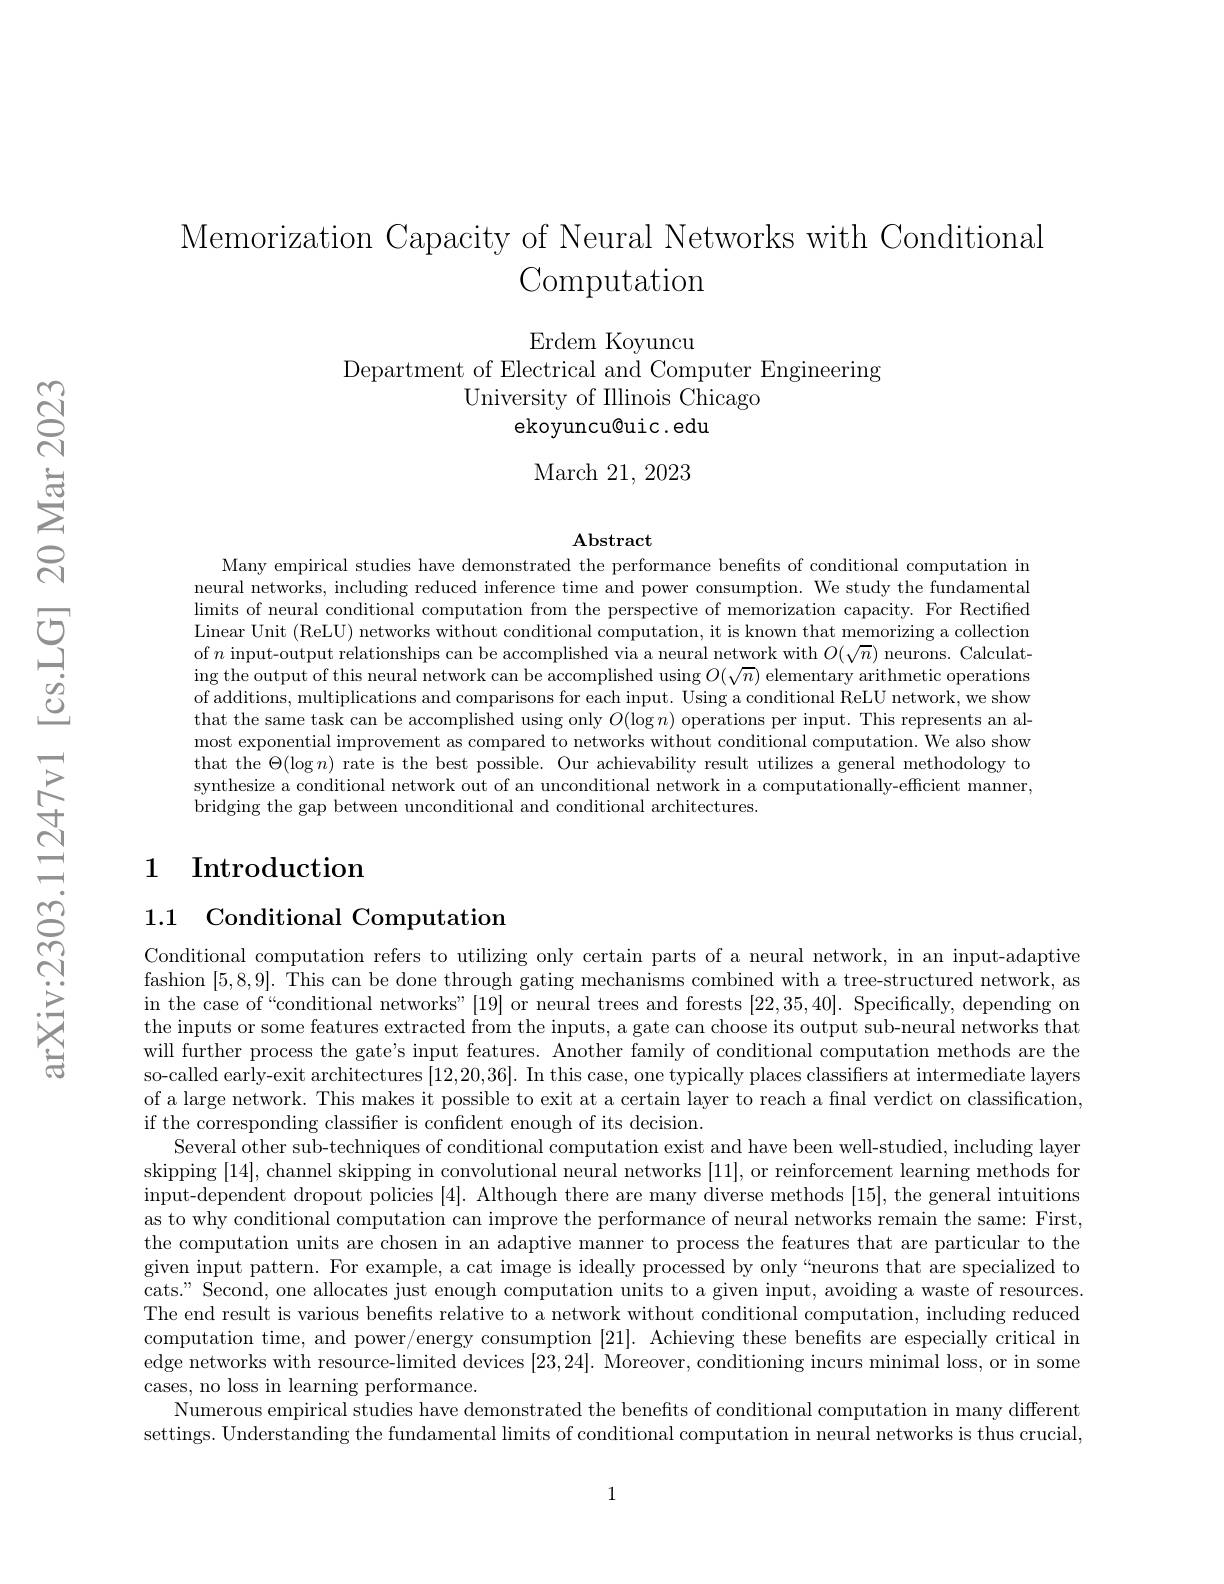
Memorization Capacity of Neural Networks with Conditional
# Computation

Erdem Koyuncu
Department of Electrical and Computer Engineering
University of Illinois Chicago
ekoyuncu@uic.edu

March 21,2023

Abstract

Many empirical studies have demonstrated the performance benefits of conditional computation in neural networks, including reduced inference time and power consumption. We study the fundamental limits of neural conditional computation from the perspective of memorization capacity. For Rectified Linear Unit (ReLU) networks without conditional computation, it is known that memorizing a collection of $n$ input-output relationships can be accomplished via a neural network with $O(\sqrt{n})$ neurons. Calculat- $\operatorname{ing}$ the output of this neural network can be accomplished using $O(\sqrt{n})$ elementary arithmetic operations of additions, multiplications and comparisons for each input. Using a conditional ReLU network, we show that the same task can be accomplished using only $O(\log n)$ operations per input. This represents an almost exponential improvement as compared to networks without conditional computation. We also show that the $\Theta(\log n)$ rate is the best possible. Our achievability result utilizes a general methodology to synthesize a conditional network out of an unconditional network in a computationally-efficient manner, bridging the gap between unconditional and conditional architectures.

## 1 Introduction

1.1 Conditional Computation

Conditional computation refers to utilizing only certain parts of a neural network, in an input-adaptive fashion [5,8,9]. This can be done through gating mechanisms combined with a tree-structured network, as in the case of “conditional networks”[19] or neural trees and forests [22,35,40]. Specifically, depending on the inputs or some features extracted from the inputs, a gate can choose its output sub-neural networks that will further process the gate's input features. Another family of conditional computation methods are the so-called early-exit architectures [12,20,36]. In this case, one typically places classifiers at intermediate layers of a large network. This makes it possible to exit at a certain layer to reach a final verdict on classification, if the corresponding classifier is confident enough of its decision.
Several other sub-techniques of conditional computation exist and have been well-studied, including layer skipping [14], channel skipping in convolutional neural networks [11], or reinforcement learning methods for input-dependent dropout policies [4]. Although there are many diverse methods [15], the general intuitions as to why conditional computation can improve the performance of neural networks remain the same: First, the computation units are chosen in an adaptive manner to process the features that are particular to the given input pattern. For example, a cat image is ideally processed by only“neurons that are specialized to cats." Second, one allocates just enough computation units to a given input, avoiding a waste of resources. The end result is various benefits relative to a network without conditional computation, including reduced computation time, and power/energy consumption [21]. Achieving these benefits are especially critical in edge networks with resource-limited devices [23,24]. Moreover, conditioning incurs minimal loss, or in some cases, no loss in learning performance.
Numerous empirical studies have demonstrated the benefits of conditional computation in many different settings. Understanding the fundamental limits of conditional computation in neural networks is thus crucial

1